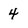
Character: 4